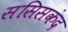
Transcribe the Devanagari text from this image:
ससिसकंद